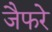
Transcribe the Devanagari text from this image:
जैफरे